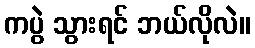
ကပွဲ သွားရင် ဘယ်လိုလဲ။